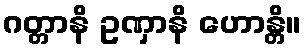
ဂတ္တာနိ ဥဏှာနိ ဟောန္တိ။